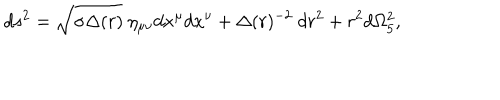
d s ^ { 2 } = \sqrt { \sigma \Delta ( r ) } ~ \eta _ { \mu \nu } d x ^ { \mu } d x ^ { \nu } + \Delta ( r ) ^ { - 2 } ~ d r ^ { 2 } + r ^ { 2 } d \Omega _ { 5 } ^ { 2 } ,